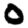
Digit: 0